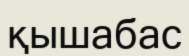
қышабас